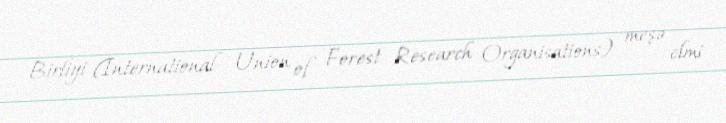
Birliyi (International Union of Forest Research Organisations) meşə elmi